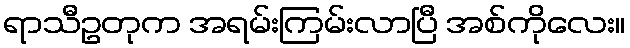
ရာသီဥတုက အရမ်းကြမ်းလာပြီ အစ်ကိုလေး။